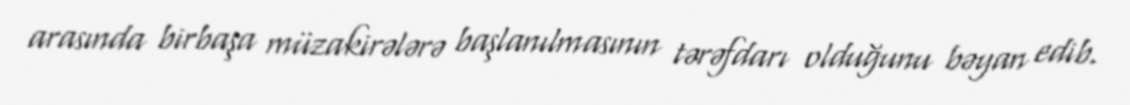
arasında birbaşa müzakirələrə başlanılmasının tərəfdarı olduğunu bəyan edib.